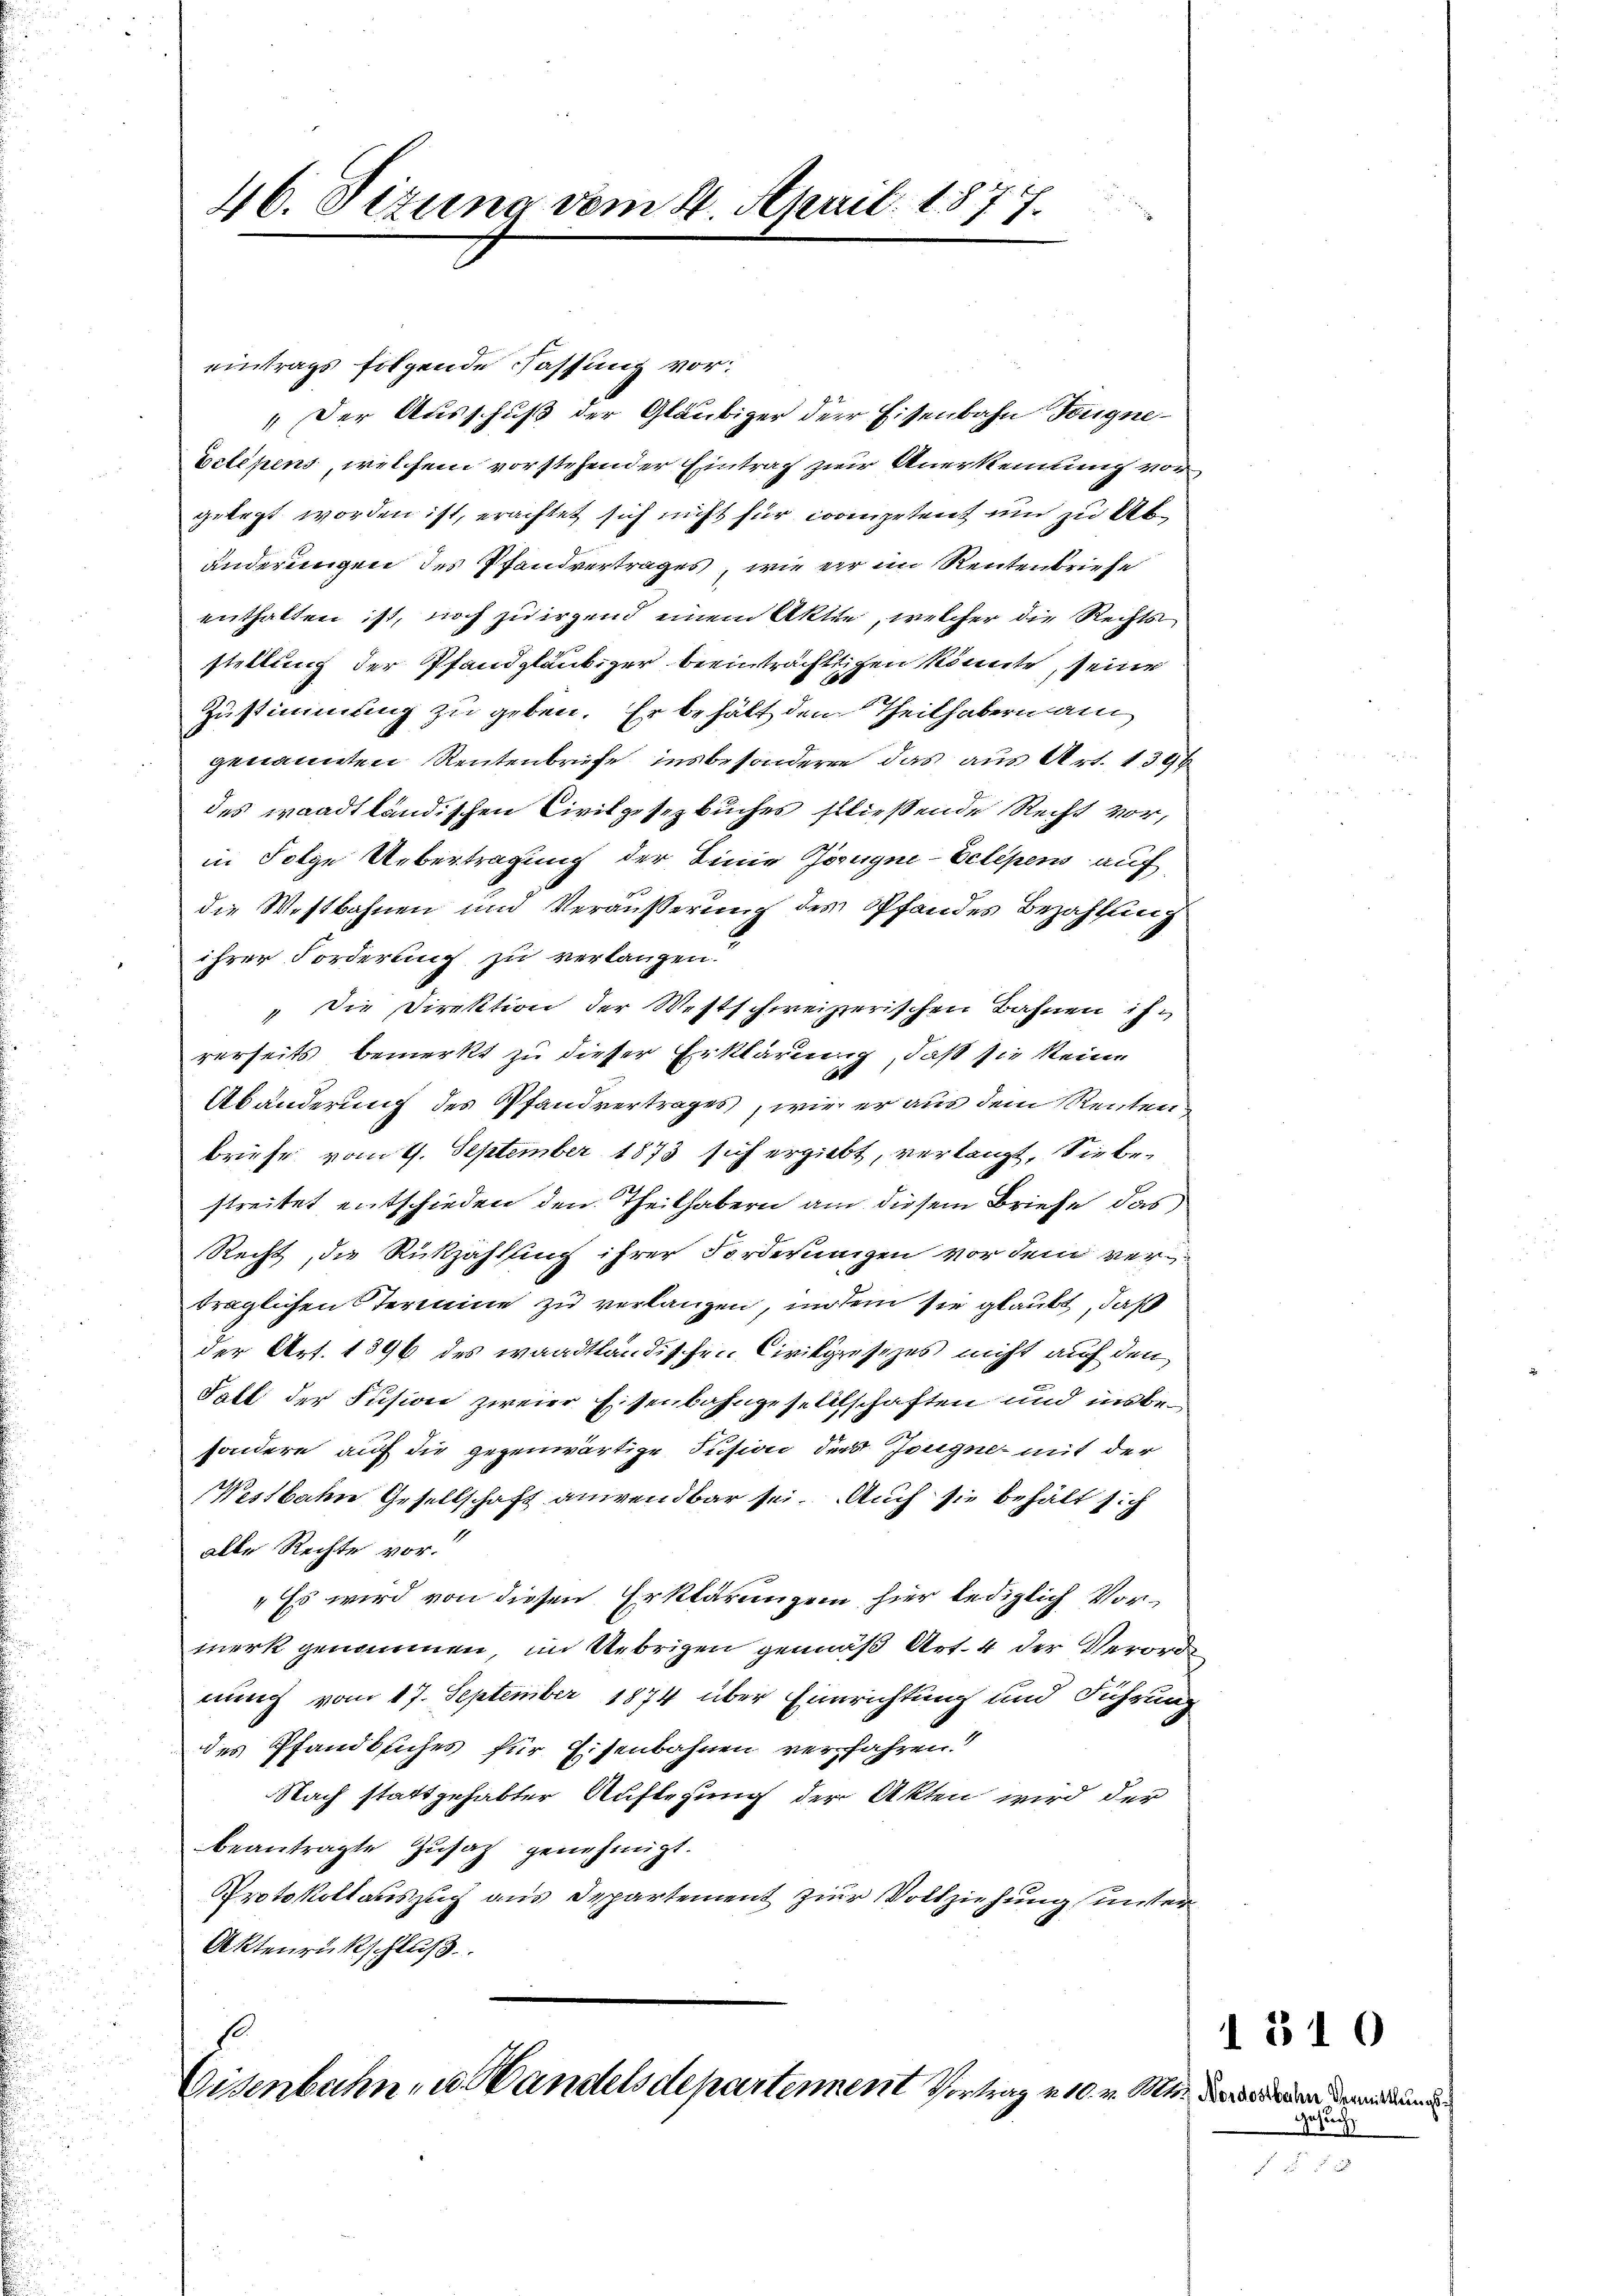
46. Seizung vom 4. April 1877.

eintrags folgende Fassung vor:
„Der Ausschuß der Gläubiger der Eisenbahn Tongne¬
Belehens, welchem vorstehender Eintrag zur Anerkennung vor
gelegt worden ist, erachtet sich nicht für cooenpetent und zu Abänderungen des Pfandvertrages, wie er im Rentenbriefe
enthalten ist, noch zu irgend einem Aktie, welcher die Rechtsstellung der Pfandgläubiger beeinträchtlichen könnte, seine
Zustimmung zu geben. Er behält den Theilhabern am
genannten Rentenbriefe insbesondere das aus Art. 139
des waadtländischen Civilgesetzbuches fließende Recht vor,
in Folge Uebertragung der Linie Zeugne-Eclipens auf
die Westbahnen und Veräußerung des Pfandes Bezahlung
ihrer Forderung zu verlangen.
" Die Direktion der Westschweizerischen Bahnen is
rerseits bemerkt zu dieser Erklärung, daß sie keine
Abänderung des Pfandvertrages, wie er aus dem Renten
briefe vom 9. September 1873 sich ergiebt, verlangt. Sie bestreitet entschieden den Theilhabern am diesem Briefe das
Recht, die Rückzahlung ihrer Forderungen vor dem verträglichen Sterneine zu verlangen, indem sie glaubt, daß
der Art. 1396 des waadtländischen Civilpreisizes nicht auf den
Fall der Fusion zweier Eisenbahngesellschaften und unbesondere auf die gegenwärtige Jusion der Jougne mit der
Westbahne Gesellschaft anwendbar sei. Auch sie behält sich
alle Rechte vor
" Es wird von diesen Erklärungen hier lediglich Vormerk genommen im Uebrigen gemäß Art. 4 der Verorde
nung vom 17. September 1874 über Einrichtung und Führung
des Pfandbsiches für Eisenbahnen verfahren!
Nach stattgehabter Auflegung der Akten wird der
beantragte Zusatz genehmigt.
Protokollauszug aus Departement zur Vollziehung unter¬
Aktenrückschluß

Eisenbahn, u. Handelsdepartement Vortrag v. 10. v. M.

Nordostbahn Vermittlungs
Gesuch

510